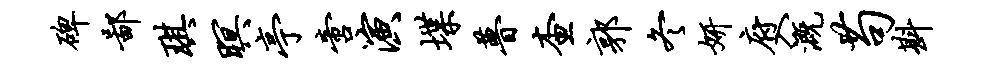
碑鄙琪暝亭啻演堞瞢查郭冬妍府入溉苟斟